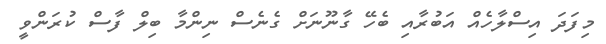
މިފަދަ އިސްލާހެއް އަބުރާއި ބެހޭ ގާނޫނަށް ގެނެސް ނިންމާ ބިލް ފާސް ކުރަންވީ